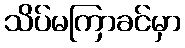
သိပ်မကြာခင်မှာ